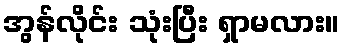
အွန်လိုင်း သုံးပြီး ရှာမလား။